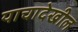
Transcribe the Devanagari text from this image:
याचादेखील